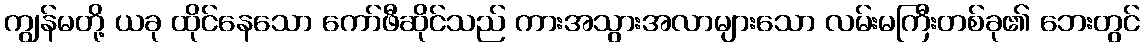
ကျွန်မတို့ ယခု ထိုင်နေသော ကော်ဖီဆိုင်သည် ကားအသွားအလာများသော လမ်းမကြီးတစ်ခု၏ ဘေးတွင်